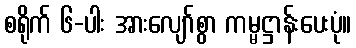
စရိုက် ၆-ပါး အားလျော်စွာ ကမ္မဋ္ဌာန်းပေးပုံ။